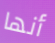
أنها